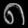
Digit: ၈